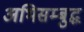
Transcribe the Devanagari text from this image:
अभिसम्बुद्ध